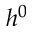
h ^ { 0 }